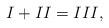
LaTeX: \begin{align*}I + II = III, \end{align*}